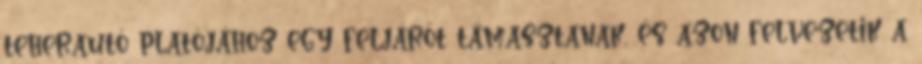
teherautó platójához egy feljárót támasztanak, és azon felvezetik a